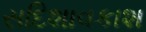
સદિશાવકાશ